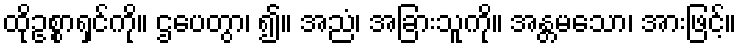
ထိုဥစ္စာရှင်ကို။ ဌပေတွာ၊ ၍။ အညံ၊ အခြားသူကို။ အန္တမသော၊ အားဖြင့်။